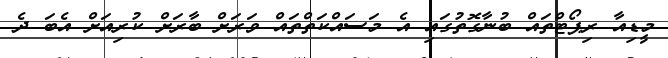
މީޑިއާ ރިޕޯޓްތައް ބުނާގޮތުގައި އެ މަސައްކަތްތައް ވަރަށް ބާރަށް ކުރިއަށް އެބަ ދެ